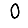
Digit: 0